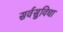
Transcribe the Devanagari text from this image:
सर्वसुविधा